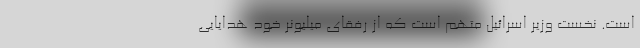
است. نخست‌ وزیر اسرائيل متهم است که از رفقای میلیونر خود هدایایی